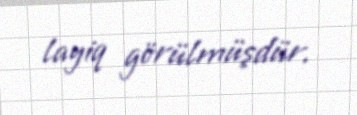
layiq görülmüşdür.